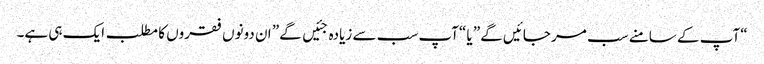
“آپ کے سامنے سب مر جائیں گے” یا “آپ سب سے زیادہ جئیں گے” ان دونوں فقروں کا مطلب ایک ہی ہے۔